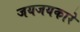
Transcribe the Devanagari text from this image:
जयजयकारे